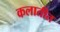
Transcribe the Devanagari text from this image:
कलातीत